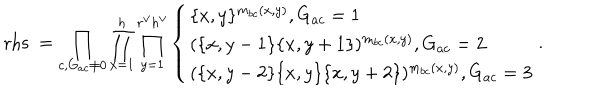
LaTeX: \mathrm { r h s \ } = \prod _ { c , G _ { a c } \neq 0 } \prod _ { x = 1 } ^ { h } \prod _ { y = 1 } ^ { r ^ { \vee } h ^ { \vee } } \left\{ \begin{array} { l } { { \{ x , y \} ^ { m _ { b c } ( x , y ) } , G _ { a c } = 1 } } \\ { { ( \{ x , y - 1 \} \{ x , y + 1 \} ) ^ { m _ { b c } ( x , y ) } , G _ { a c } = 2 } } \\ { { ( \{ x , y - 2 \} \{ x , y \} \{ x , y + 2 \} ) ^ { m _ { b c } ( x , y ) } , G _ { a c } = 3 } } \\ \end{array} \right. .